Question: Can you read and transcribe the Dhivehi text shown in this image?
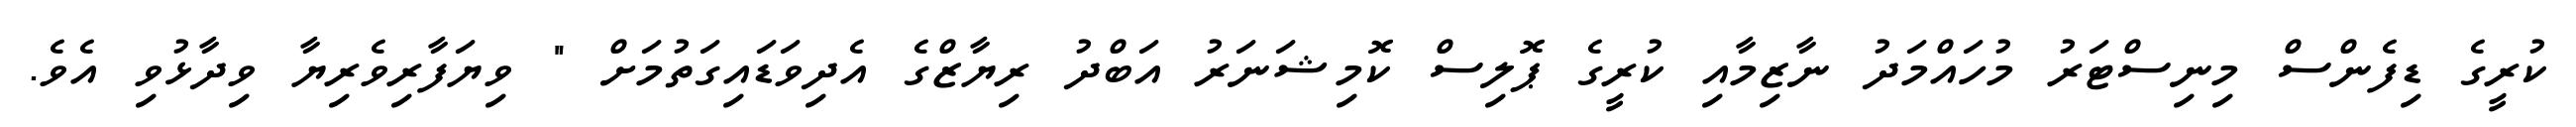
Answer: ކުރީގެ ޑިފެންސް މިނިސްޓަރު މުހައްމަދު ނާޒިމާއި ކުރީގެ ޕޮލިސް ކޮމިޝަނަރު އަބްދު ރިޔާޒްގެ އެދިވަޑައިގަތުމަށް " ވިޔަފާރިވެރިޔާ ވިދާޅުވި އެވެ.